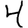
Digit: 4